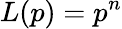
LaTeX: L(p)=p^{n}